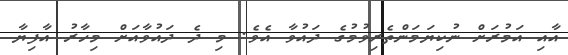
އާއި އަމުރަށް ނުކިޔަމަންތެރިވުމުގެ ދައުވާ އެވެ. މި ދެ ދައުވާއަށް މިހާރު އާފިޔާ